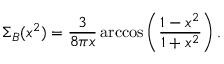
\Sigma _ { B } ( x ^ { 2 } ) = \frac { 3 } { 8 \pi x } \operatorname { a r c c o s } \left( \frac { 1 - x ^ { 2 } } { 1 + x ^ { 2 } } \right) .